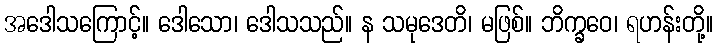
အဒေါသကြောင့်။ ဒေါသော၊ ဒေါသသည်။ န သမုဒေတိ၊ မဖြစ်။ ဘိက္ခဝေ၊ ရဟန်းတို့။